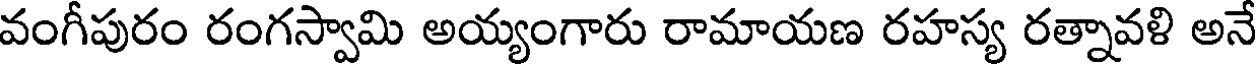
వంగీపురం రంగస్వామి అయ్యంగారు రామాయణ రహస్య రత్నావళి అనే